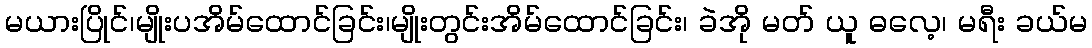
မယားပြိုင်၊မျိုးပအိမ်ထောင်ခြင်း၊မျိုးတွင်းအိမ်ထောင်ခြင်း၊ ခဲအို မတ် ယူ ဓလေ့၊ မရီး ခယ်မ